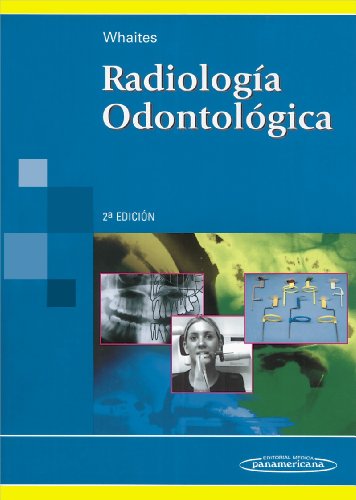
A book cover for RadiologÃ­a odontolÃ³gica (Spanish Edition); Eric Whaites; Medical Books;